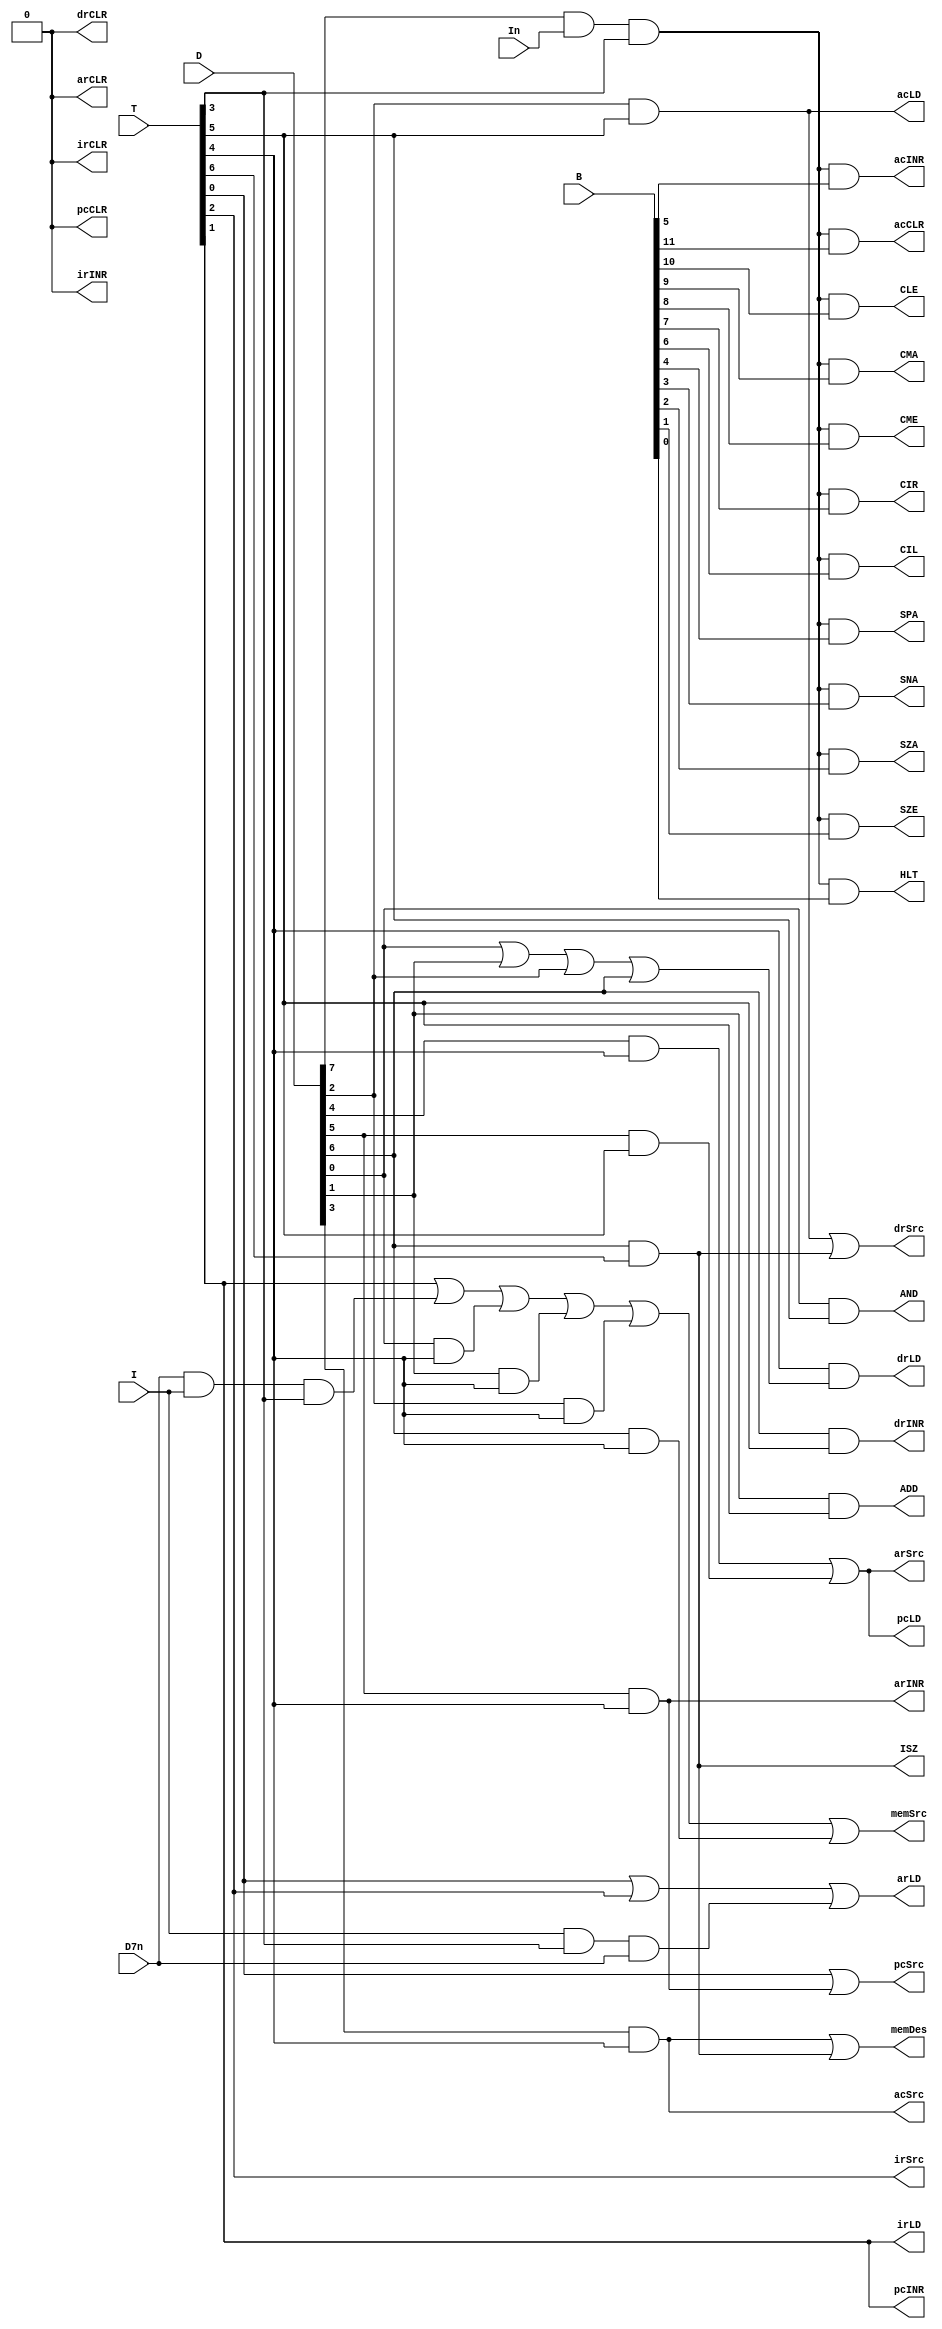
`timescale 1ns / 1ps

module control_unit(
    input I,In,D7n,
    input [7:0] T,
    input [7:0] D,
    input [11:0] B,
    
    output irLD,irINR,irCLR,
           acLD,acINR,acCLR,
           pcLD,pcINR,pcCLR,
           arLD,arINR,arCLR,
           drLD,drINR,drCLR,

           AND,ADD,ISZ,CMA,
           CME,CIR,CIL,SPA,
           SNA,SZA,SZE,HLT,
           CLE,
           
           arSrc,drSrc,acSrc,
           pcSrc,irSrc,
           memSrc,memDes
    );
    
    //
    
    wire r;
    
    assign r = D[7]&(In)&T[3];

    //ir
    assign irLD = T[1];
    assign irINR=0;
    assign irCLR=0;
    //ac
    assign acLD=D[2]&T[5];
    assign acINR=r&B[5];
    assign acCLR=r&B[11];
    //pc
    assign pcLD= D[4]&T[4]|D[5]&T[5];
    assign pcINR= T[1];  //complete this 
    assign pcCLR= 0;
    //ar
    assign arLD=T[0]|T[2]|I&T[3]&(D7n);
    assign arINR=D[5]&T[4] ;
    assign arCLR=0;
    //dr
    assign drLD=T[4]&(D[0]|D[1]|D[2]|D[6]);
    assign drINR=D[6]&T[5];
    assign drCLR=0;

    // operations
    assign AND =D[0]&T[5];
    assign ADD =D[1]&T[5];
    assign ISZ =D[6]&T[6];
    assign CLE =r&B[10];
    assign CMA =r&B[9];
    assign CME =r&B[8];
    assign CIR =r&B[7];
    assign CIL =r&B[6];
    assign SPA =r&B[4];
    assign SNA =r&B[3];
    assign SZA =r&B[2];
    assign SZE =r&B[1];
    assign HLT =r&B[0];

    //sources
    assign irSrc =T[2];
    assign acSrc =D[3]&T[4];
    assign pcSrc =T[0]|D[5]&T[4];
    assign arSrc =D[4]&T[4]|D[5]&T[5];
    assign drSrc =D[2]&T[5]|D[6]&T[6];
    
    //mem
    assign memDes=D[3]&T[4]|D[6]&T[6];
    assign memSrc=T[1]|(D7n)&I&T[3]|D[0]&T[4]|D[1]&T[4]|D[2]&T[4]|D[6]&T[4];
    
    
    
    
endmodule